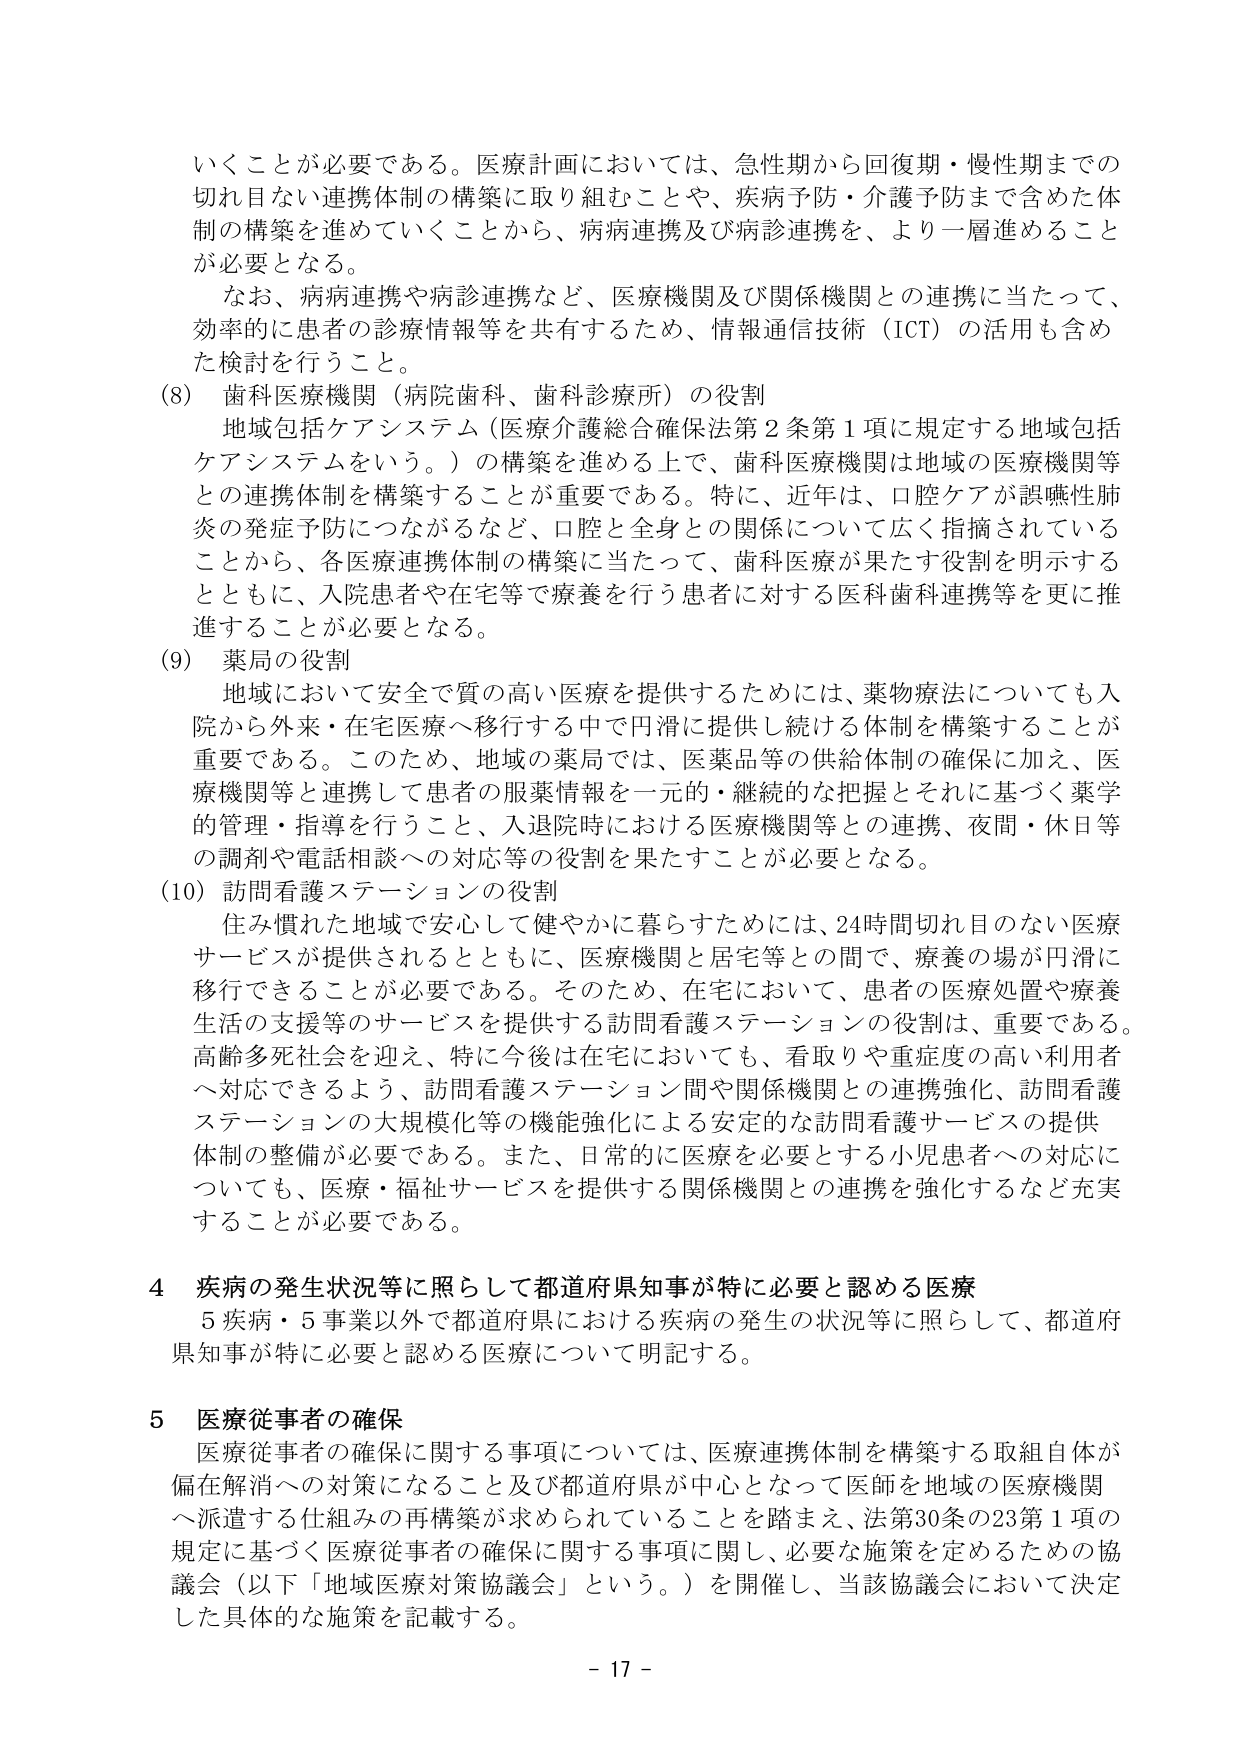
いくことが必要である。医療計画においては、急性期から回復期・慢性期までの切れ目ない連携体制の構築に取り組むことや、疾病予防・介護予防まで含めた体制の構築を進めていくことから、病病連携及び病診連携を、より一層進めることが必要となる。

なお、病病連携や病診連携など、医療機関及び関係機関との連携に当たって、効率的に患者の診療情報等を共有するため、情報通信技術（ICT）の活用も含めた検討を行うこと。

(8) 歯科医療機関（病院歯科、歯科診療所）の役割
地域包括ケアシステム（医療介護総合確保法第2条第1項に規定する地域包括ケアシステムをいう。）の構築を進める上で、歯科医療機関は地域の医療機関等との連携体制を構築することが重要である。特に、近年は、口腔ケアが誤嚥性肺炎の発症予防につながるなど、口腔と全身との関係について広く指摘されていることから、各医療連携体制の構築に当たって、歯科医療が果たす役割を明示するとともに、入院患者や在宅等で療養を行う患者に対する医科歯科連携等を更に推進することが必要となる。

(9) 薬局の役割
地域において安全で質の高い医療を提供するためには、薬物療法についても入院から外来・在宅医療へ移行する中で円滑に提供し続ける体制を構築することが重要である。このため、地域の薬局では、医薬品等の供給体制の確保に加え、医療機関等と連携して患者の服薬情報を一元的・継続的な把握とそれに基づく薬学的管理・指導を行うこと、入退院時における医療機関等との連携、夜間・休日等の調剤や電話相談への対応等の役割を果たすことが必要となる。

(10) 訪問看護ステーションの役割
住み慣れた地域で安心して健やかに暮らすためには、24時間切れ目のない医療サービスが提供されるとともに、医療機関と居宅等との間で、療養の場が円滑に移行できることが必要である。そのため、在宅において、患者の医療処置や療養生活の支援等のサービスを提供する訪問看護ステーションの役割は、重要である。高齢多死社会を迎え、特に今後は在宅においても、看取りや重症度の高い利用者へ対応できるよう、訪問看護ステーション間や関係機関との連携強化、訪問看護ステーションの大規模化等の機能強化による安定的な訪問看護サービスの提供体制の整備が必要である。また、日常的に医療を必要とする小児患者への対応についても、医療・福祉サービスを提供する関係機関との連携を強化するなど充実することが必要である。

4 疾病の発生状況等に照らして都道府県知事が特に必要と認める医療
5疾病・5事業以外で都道府県における疾病の発生の状況等に照らして、都道府県知事が特に必要と認める医療について明記する。

5 医療従事者の確保
医療従事者の確保に関する事項については、医療連携体制を構築する取組自体が偏在解消への対策になること及び都道府県が中心となって医師を地域の医療機関へ派遣する仕組みの再構築が求められていることを踏まえ、法第30条の23第1項の規定に基づく医療従事者の確保に関する事項に関し、必要な施策を定めるための協議会（以下「地域医療対策協議会」という。）を開催し、当該協議会において決定した具体的な施策を記載する。

- 17 -